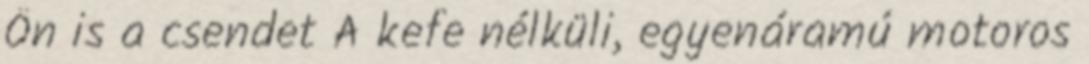
Ön is a csendet A kefe nélküli, egyenáramú motoros